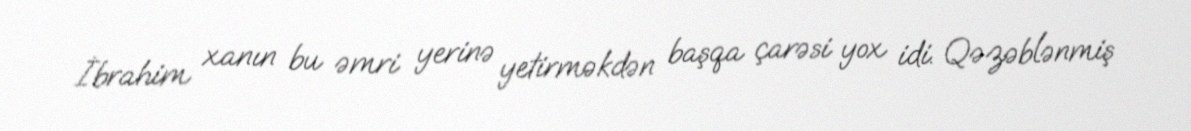
İbrahim xanın bu əmri yerinə yetirməkdən başqa çarəsi yox idi. Qəzəblənmiş